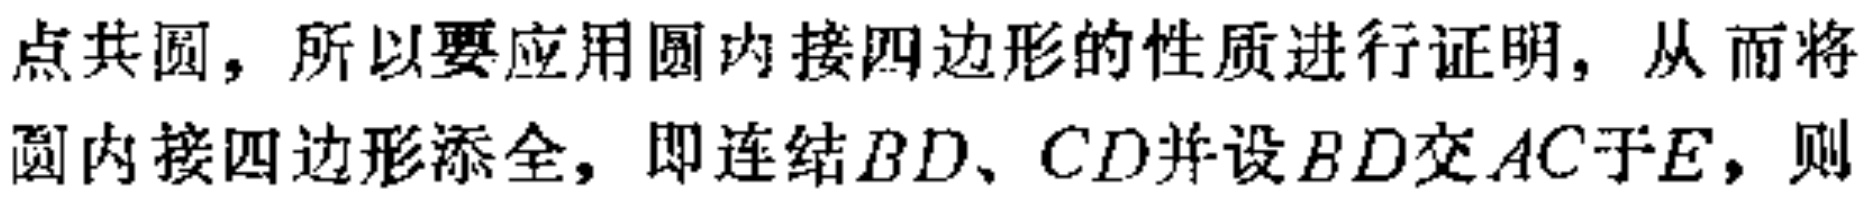
点共圆，所以要应用圆内接四边形的性质进行证明，从而将圆内接四边形添全，即连结\(BD\)、\(CD\)并设\(BD\)交\(AC\)于\(E\)，则